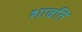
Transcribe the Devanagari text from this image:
शावति